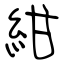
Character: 紺